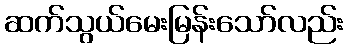
ဆက်သွယ်မေးမြန်းသော်လည်း